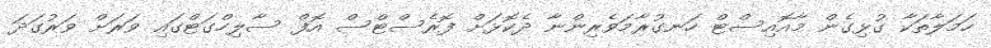
ހަމަލާތަކާ ގުޅިގެން މާއޮއިސްޓް ހަނގުރާމަވެރިންނާ ދެކޮޅަށް ފޮރެސްޓްސް އޮފް ސާލިހްގަޓްގައި ވަރަށް ވަރުގަދަ